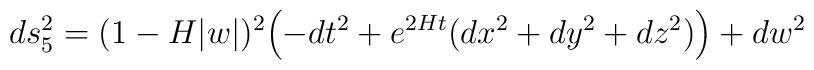
ds^2_5 = (1 - H  |w|)^2 \Bigl(-dt^2 + e^{2H  t}(dx^2 + dy^2 + dz^2) \Bigr)+ dw^2